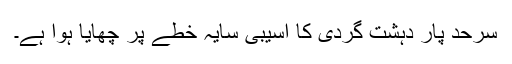
سرحد پار دہشت گردی کا آسیبی سایہ خطے پر چھایا ہوا ہے۔